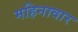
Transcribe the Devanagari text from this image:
महिनावार